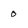
Character: o